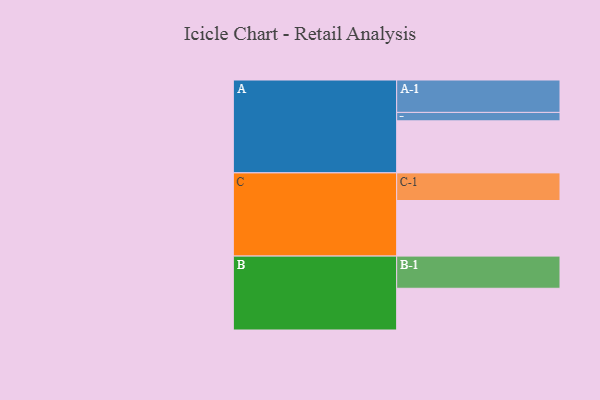
{"axis": {"x": "Segment", "y": "Value"}, "legend": ["", "A", "B", "C"], "data": [{"x": "A", "y": 469, "type": ""}, {"x": "B", "y": 376, "type": ""}, {"x": "C", "y": 501, "type": ""}, {"x": "A-1", "y": 292, "type": "A"}, {"x": "A-2", "y": 76, "type": "A"}, {"x": "B-1", "y": 290, "type": "B"}, {"x": "C-1", "y": 249, "type": "C"}]}